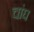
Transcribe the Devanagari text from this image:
चांघ